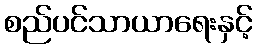
စည်ပင်သာယာရေးနှင့်